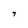
Character: 7